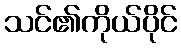
သင်၏ကိုယ်ပိုင်